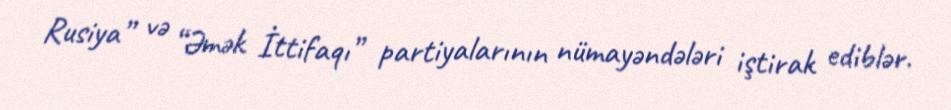
Rusiya” və “Əmək İttifaqı” partiyalarının nümayəndələri iştirak ediblər.